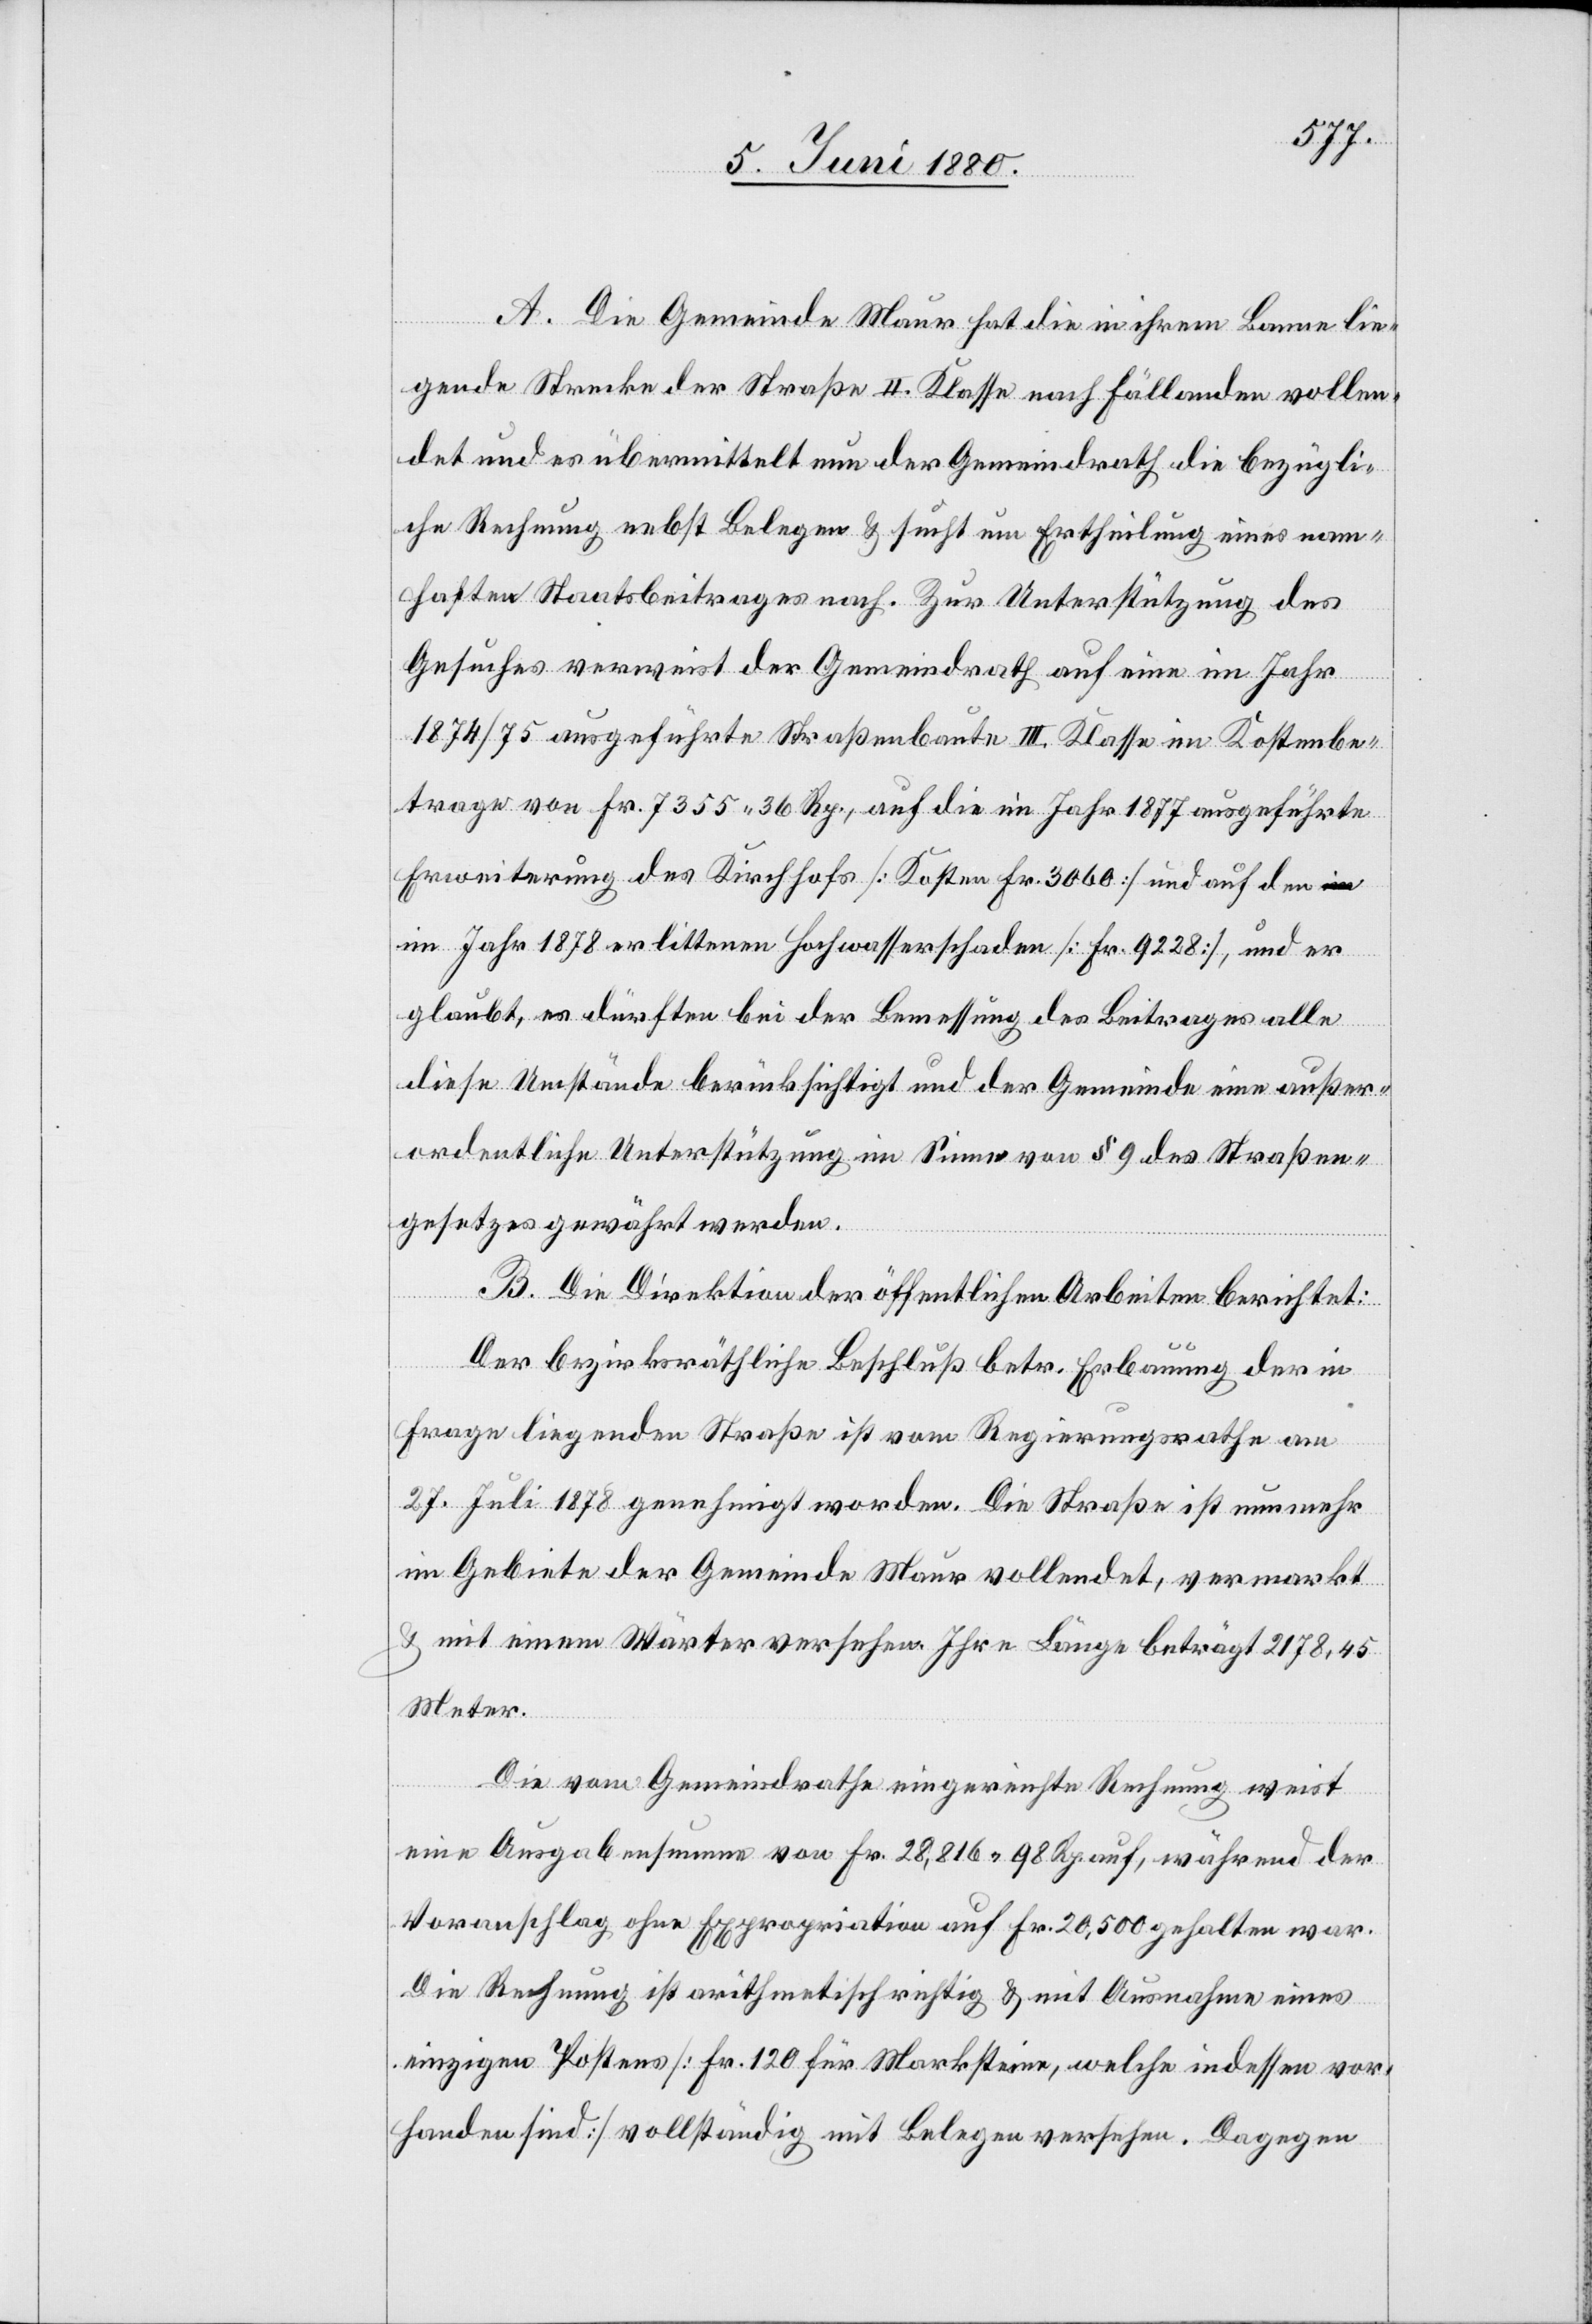
A. Die Gemeinde Maur hat die in ihrem Banne lie¬
gende Strecke der Straße II. Klasse nach Fällanden vollen¬
det und es übermittelt nun der Gemeindrath die bezügli¬
che Rechnung nebst Belegen & sucht um Ertheilung eines nam¬
haften Staatsbeitrages nach. Zur Unterstützung des
Gesuches verweist der Gemeindrath auf eine im Jahr
1874/75 ausgeführte Straßenbaute III. Klasse im Kostenbe¬
trage von Fr. 7355. 36 Rp., auf die im Jahr 1877 ausgeführte
Erweiterung des Kirchhofs [Kosten Fr. 3060] und auf den i¬
m Jahr 1878 erlittenen Hochwasserschaden [Fr. 9228], und er
glaubt, es dürften bei der Bemessung des Beitrages alle
diese Umstände berücksichtigt und der Gemeinde eine außer¬
ordentliche Unterstützung im Sinne von § 9 des Straßen¬
gesetzes gewährt werden.
B. Die Direktion der öffentlichen Arbeiten berichtet:
Der bezirksräthliche Beschluß betr. Erbauung der in
Frage liegenden Straße ist vom Regierungsrathe am
27. Juli 1878 genehmigt worden. Die Straße ist nunmehr
im Gebiete der Gemeinde Maur vollendet, vermarkt
& mit einem Wärter versehen. Ihre Länge beträgt 2178,45
Meter.
Die vom Gemeindrathe eingereichte Rechnung weist
eine Ausgabensumme von Fr. 28,816 98 Rp. auf, während der
Voranschlag, ohne Expropriation auf Fr. 20,500 gehalten war.
Die Rechnung ist arithmetisch richtig mit Ausnahme eines
einziges Postens [Fr. 120 für Marksteine, welche indessen vor¬
handen sind] vollständig mit Belegen versehen. Dagegen